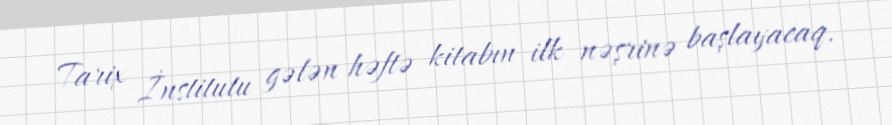
Tarix İnstitutu gələn həftə kitabın ilk nəşrinə başlayacaq.